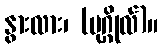
နွားလား၊ (ပုဂ္ဂိုလ်)။